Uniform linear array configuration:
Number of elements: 8
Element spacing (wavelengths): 1
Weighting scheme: exponential
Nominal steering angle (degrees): -30
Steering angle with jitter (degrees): -28.233
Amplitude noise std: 0.05
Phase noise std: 0.05

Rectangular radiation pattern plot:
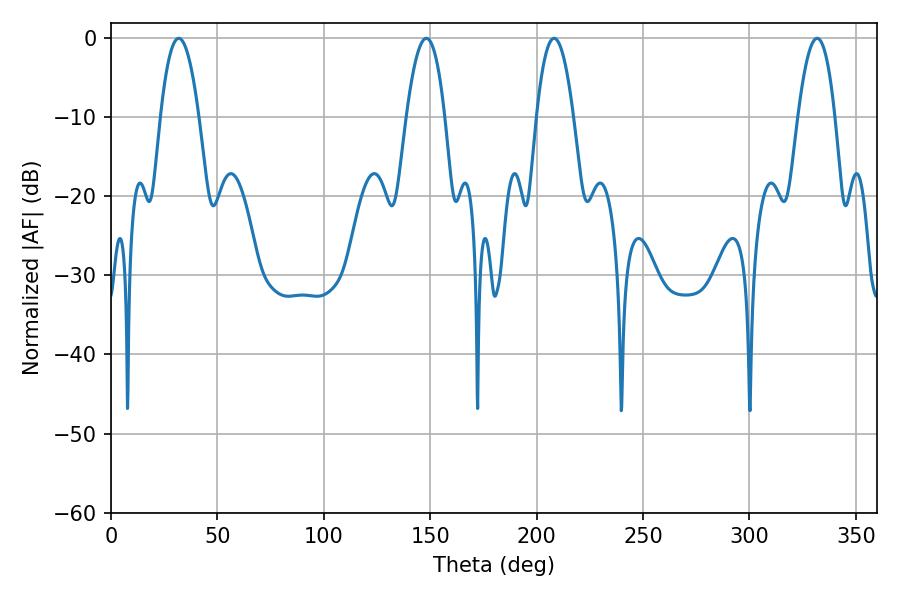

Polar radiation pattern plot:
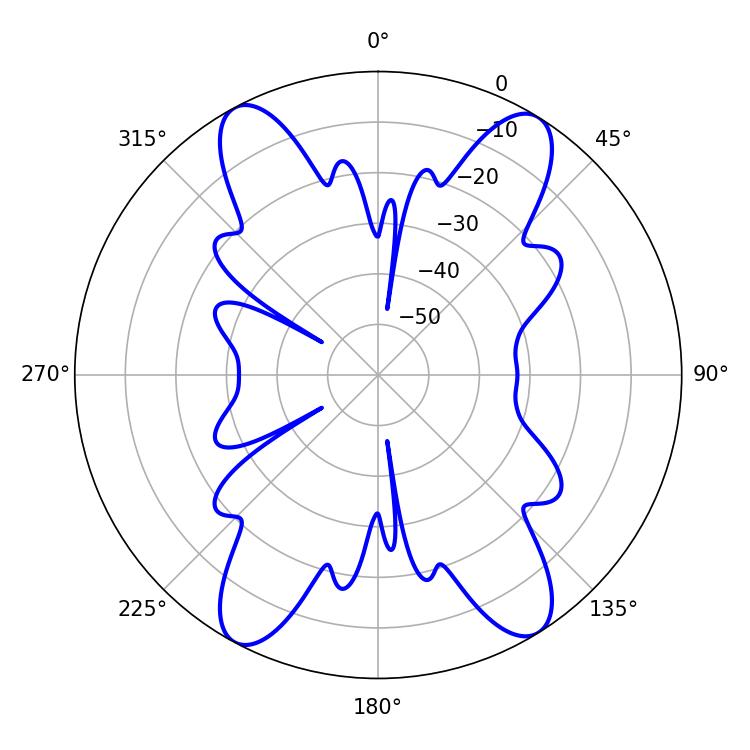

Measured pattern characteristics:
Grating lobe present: TRUE
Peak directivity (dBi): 18.32
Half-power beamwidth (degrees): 9.9
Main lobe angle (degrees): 31.86